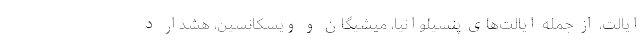
ایالت، از جمله ایالت‌های پنسیلوانیا، میشیگان و ویسکانسین، هشدار د